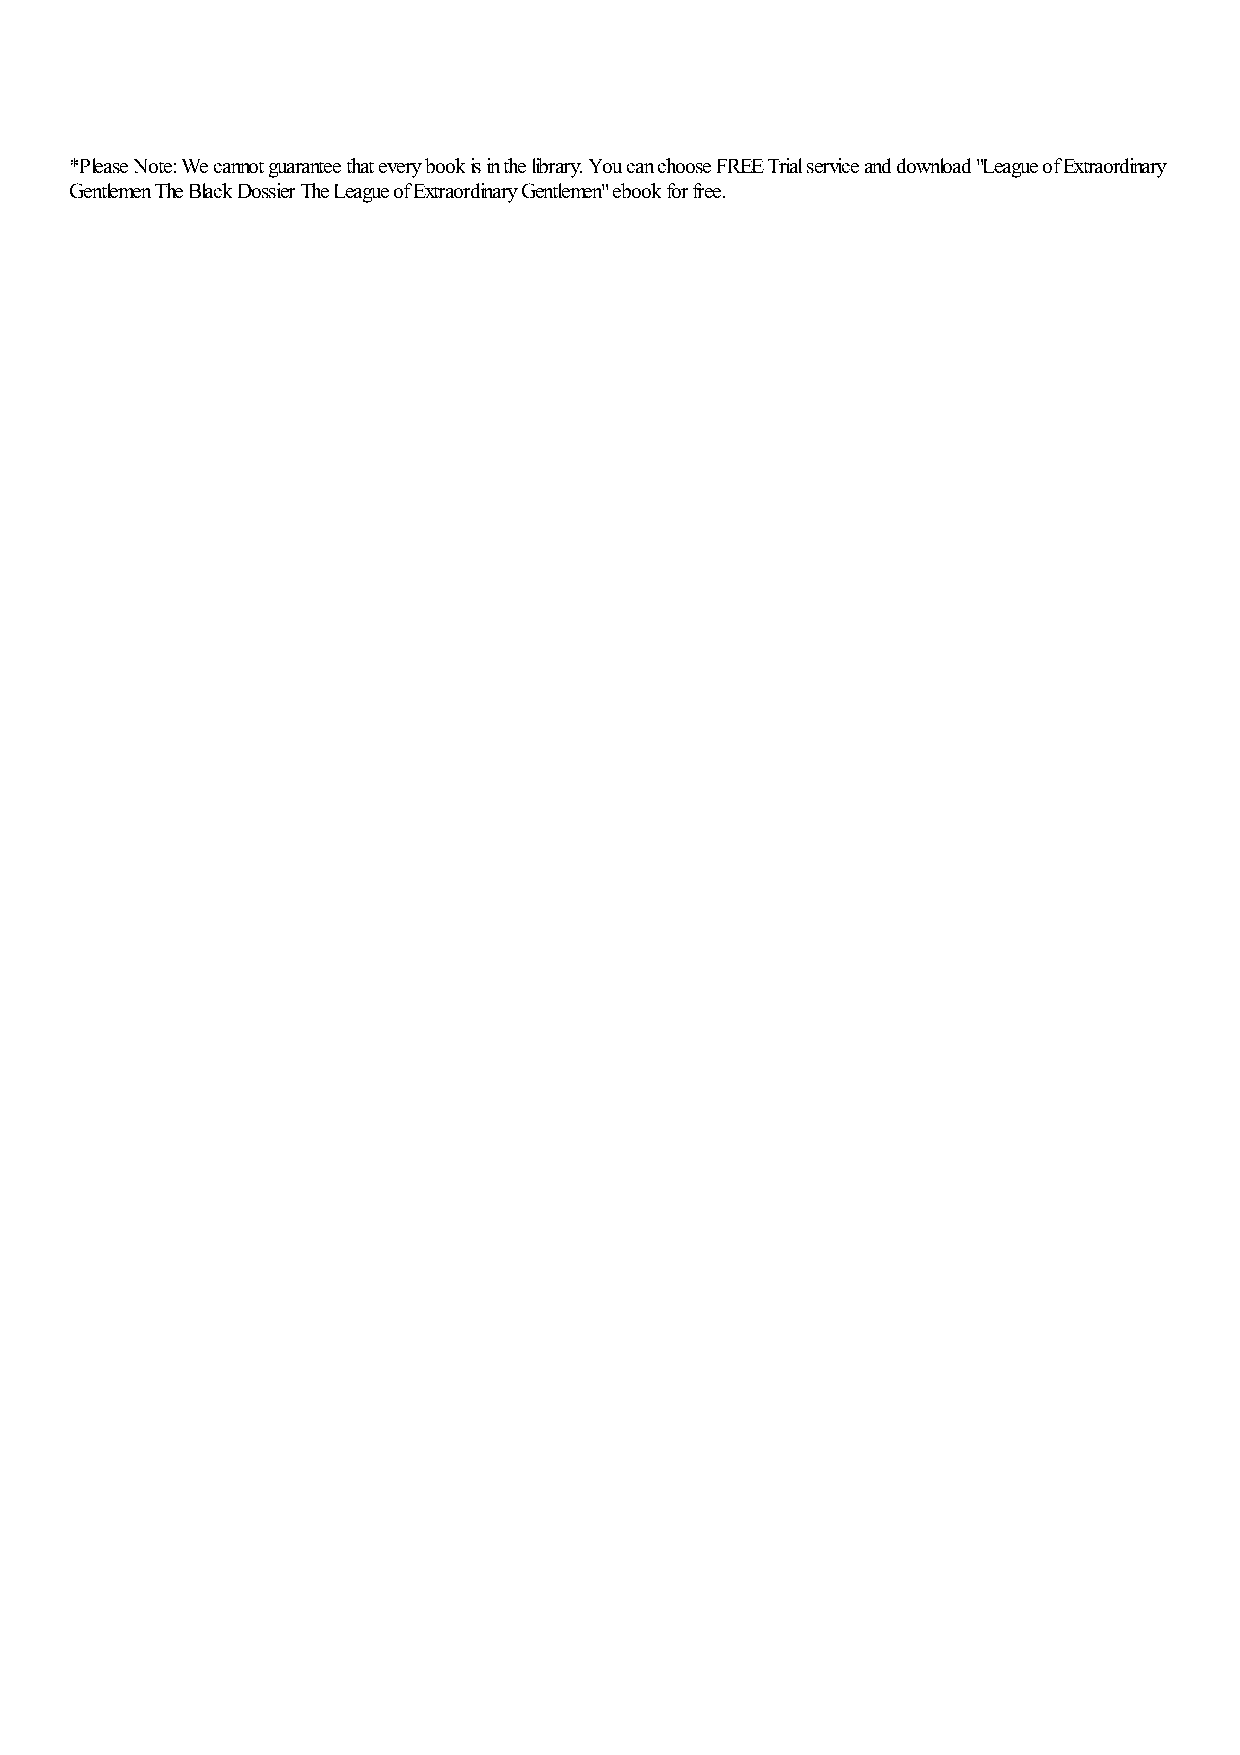
*Please Note: We cannot guarantee that every book is in the library. You can choose FREE Trial service and download "League of Extraordinary
 Gentlemen The Black Dossier The League of Extraordinary Gentlemen" ebook for free.